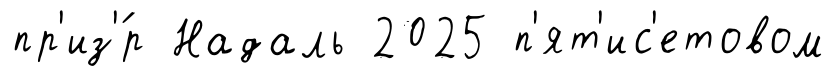
пр'из'́р Надаль 2025 п'ят'ис'етовом